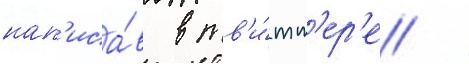
нап'иса́в в тв'и́тт'ер'е /